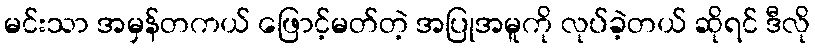
မင်းသာ အမှန်တကယ် ဖြောင့်မတ်တဲ့ အပြုအမူကို လုပ်ခဲ့တယ် ဆိုရင် ဒီလို